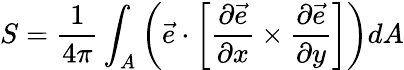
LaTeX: S=\frac{1}{4\pi}\int_{A}\left({\vec{e}\cdot{\bigg[}{\frac{\partial{\vec{e}}}{\partial x}\times\frac{\partial{\vec{e}}}{\partial y}}}{\bigg]}\right)dA